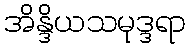
အိန္ဒိယသမုဒ္ဒရာ